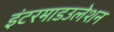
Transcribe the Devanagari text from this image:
इंटरमाडउलेशन